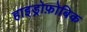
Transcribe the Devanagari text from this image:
हाइड्रोफ़ोबिक